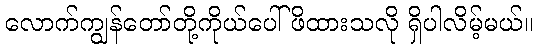
လောက်ကျွန်တော်တို့ကိုယ်ပေါ် ဖိထားသလို ရှိပါလိမ့်မယ်။